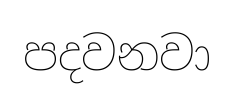
පදවනවා